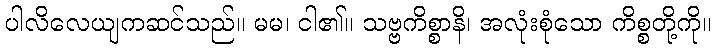
ပါလိလေယျကဆင်သည်။ မမ၊ ငါ၏။ သဗ္ဗကိစ္စာနိ၊ အလုံးစုံသော ကိစ္စတို့ကို။